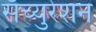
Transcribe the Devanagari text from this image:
सॅच्युरेशन